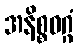
အနိစ္စဝဂ္ဂံ